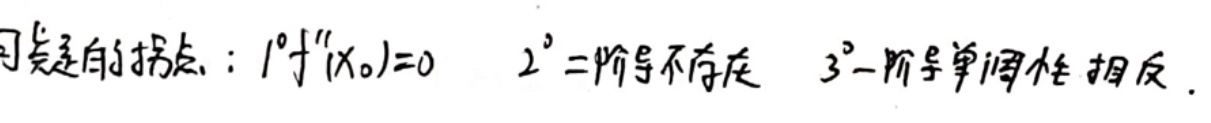
可疑的拐点：$1^{\circ}f''(x_{0}) = 0$  $2^{\circ}$二阶导不存在  $3^{\circ}$一阶导单调性相反.